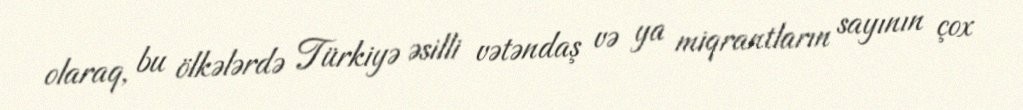
olaraq, bu ölkələrdə Türkiyə əsilli vətəndaş və ya miqrantların sayının çox